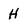
Character: H